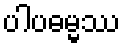
ပါပဓမ္မဿ